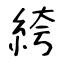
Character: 絝